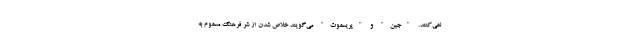
نمی‌کنند. "جین" و "پریسموث" می‌گویند خلاص شدن از شر فرهنگ مسموم به